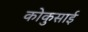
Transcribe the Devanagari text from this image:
कोकुसाई